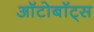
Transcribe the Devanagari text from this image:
ऑटोबॉट्स